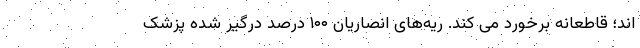
اند؛ قاطعانه برخورد می کند. ریه‌های انصاریان ۱۰۰ درصد درگیر شده پزشک